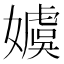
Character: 𡢢